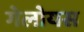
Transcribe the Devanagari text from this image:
गेलोयस